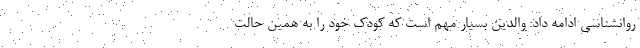
روانشناسی ادامه داد: والدین بسیار مهم است که کودک خود را به همین حالت